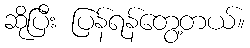
ဆိုပြီး ပြန်ရန်တွေ့တယ်။